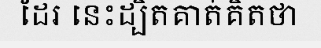
ដែរ នេះដ្បិតគាត់គិតថា